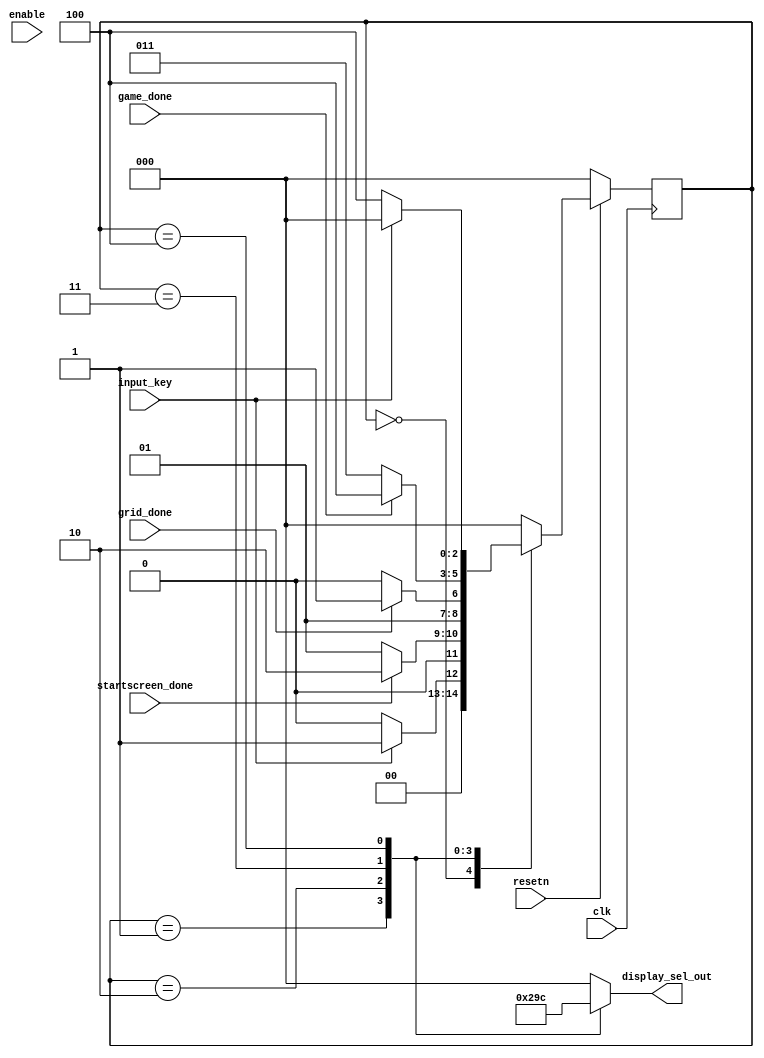
module selectDisplay(clk, resetn, enable, input_key, startscreen_done, grid_done, game_done, display_sel_out);
	input 			clk, resetn, enable, input_key; 		//input_key used to start game / restart game 
	input			startscreen_done, grid_done, game_done;		//flags to signal that drawing has finished
	reg		[2:0]	current_state, next_state; 			//3 bits since there are 5 states
	output	reg	[2:0]	display_sel_out;

	//5 states
	localparam	STARTSCREEN		= 3'd0,
			STARTSCREEN_ERASE	= 3'd1,
			DRAW_GRID		= 3'd2,
			PLAY_GAME		= 3'd3,
			ENDSCREEN		= 3'd4;

	//State Table
	always@(*)
	begin: state_table
		case (current_state)
			STARTSCREEN:		next_state = input_key ? STARTSCREEN_ERASE : STARTSCREEN; //if input_key == true then STARTSCREEN_ERASE, else: STARTSCREEN
			STARTSCREEN_ERASE:	next_state = startscreen_done ? DRAW_GRID : STARTSCREEN_ERASE;
			DRAW_GRID:		next_state = grid_done ? PLAY_GAME : DRAW_GRID;
			PLAY_GAME:		next_state = game_done ? ENDSCREEN : PLAY_GAME;
			ENDSCREEN:		next_state = input_key ? STARTSCREEN : ENDSCREEN;
			default: 		next_state = STARTSCREEN;
		endcase
	end

	//State Outputs
	always@(*)
	begin: enable_signals
		case(current_state)
			STARTSCREEN: 		display_sel_out = 3'd0;
			STARTSCREEN_ERASE: 	display_sel_out	= 3'd1;
			DRAW_GRID:		display_sel_out	= 3'd2;
			PLAY_GAME:		display_sel_out = 3'd3;
			ENDSCREEN:		display_sel_out = 3'd4;
			default: display_sel_out = 3'd0;
		endcase
	end

    	always@(posedge clk)
    	begin: state_FFs
        	if(!resetn)
            		current_state <= STARTSCREEN;
        	else
            		current_state <= next_state;
    	end

endmodule

module displayEnable(display_sel_out, startscreen_en, startscreen_erase_en, grid_en, play_game_en, endscreen_en);
	input	[2:0]	display_sel_out;
	output		startscreen_en, startscreen_erase_en, grid_en, play_game_en, endscreen_en;

	assign startscreen_en 		= (display_sel_out[2:0] == 3'd0);
	assign startscreen_erase_en 	= (display_sel_out[2:0] == 3'd1);
	assign grid_en			= (display_sel_out[2:0] == 3'd2);
	assign play_game_en		= (display_sel_out[2:0] == 3'd3);
	assign endscreen_en		= (display_sel_out[2:0] == 3'd4);

endmodule